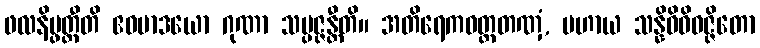
ဖလနိပ္ဖတ္တီတိ ဧဝမာဒယော ဂုဏာ သမ္ပဇ္ဇန္တီတိ။ အတိရေကဝတ္ထတဏှံ, ပဟာယ သန္နိဓိဝိဝဇ္ဇိတော